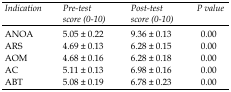
| Indication | Pre-test score (0-10) | Post-test score (0-10) | P value |
 | --- | --- | --- | --- |
 | ANOA | 5.05 ± 0.22 | 9.36 ± 0.13 | 0.00 |
 | ARS | 4.69 ± 0.13 | 6.28 ± 0.15 | 0.00 |
 | AOM | 4.68 ± 0.16 | 6.28 ± 0.18 | 0.00 |
 | AC | 5.11 ± 0.13 | 6.98 ± 0.16 | 0.00 |